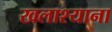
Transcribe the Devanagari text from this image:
खलाश्याना